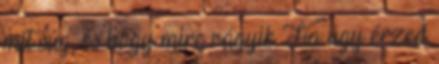
mit súg, és hogy mire vágyik Ha úgy érzed